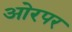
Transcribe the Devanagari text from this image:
ओरपर